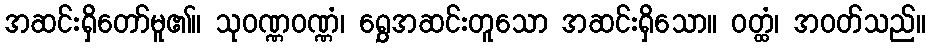
အဆင်းရှိတော်မူ၏။ သုဝဏ္ဏဝဏ္ဏံ၊ ရွှေအဆင်းတူသော အဆင်းရှိသော။ ဝတ္ထံ၊ အဝတ်သည်။